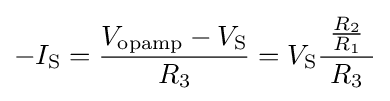
-I_{\text{S}}={\frac {V_{\text{opamp}}-V_{\text{S}}}{R_{3}}}=V_{\text{S}}{\frac {~{\frac {R_{2}}{R_{1}}}~}{R_{3}}}